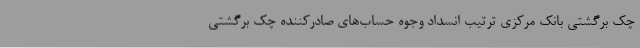
چک برگشتی بانک مرکزی ترتیب انسداد وجوه حساب‌های صادرکننده چک برگشتی